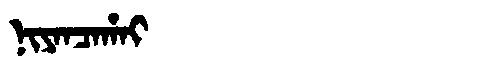
Manchu: ᠨᡳᠶᠠᠨᠴᠠᡥᠠᡳ
Romanization: NIYANCAHAI